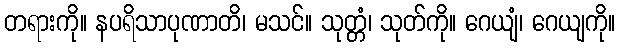
တရားကို။ နပရိသာပုဏာတိ၊ မသင်။ သုတ္တံ၊ သုတ်ကို။ ဂေယျံ၊ ဂေယျကို။